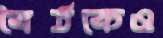
বৈঠকেও